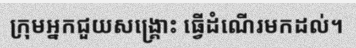
ក្រុមអ្នកជួយសង្គ្រោះ ធ្វើដំណើរមកដល់។